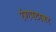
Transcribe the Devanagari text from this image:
रंगपटावर